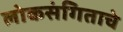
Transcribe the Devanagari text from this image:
लोकसंगिताचे